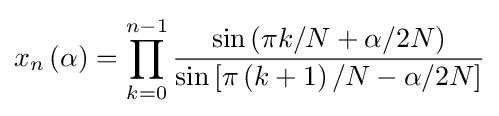
x_{n}\left(\alpha \right)=\prod _{k=0}^{n-1}{\frac {\sin \left(\pi k/N+\alpha /2N\right)}{\sin \left[\pi \left(k+1\right)/N-\alpha /2N\right]}}